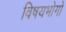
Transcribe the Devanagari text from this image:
विषयभोगों